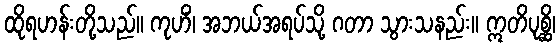
ထိုရဟန်းတို့သည်။ ကုဟိံ၊ အဘယ်အရပ်သို့ ဂတာ သွားသနည်း။ ဣတိပုစ္ဆိ၊